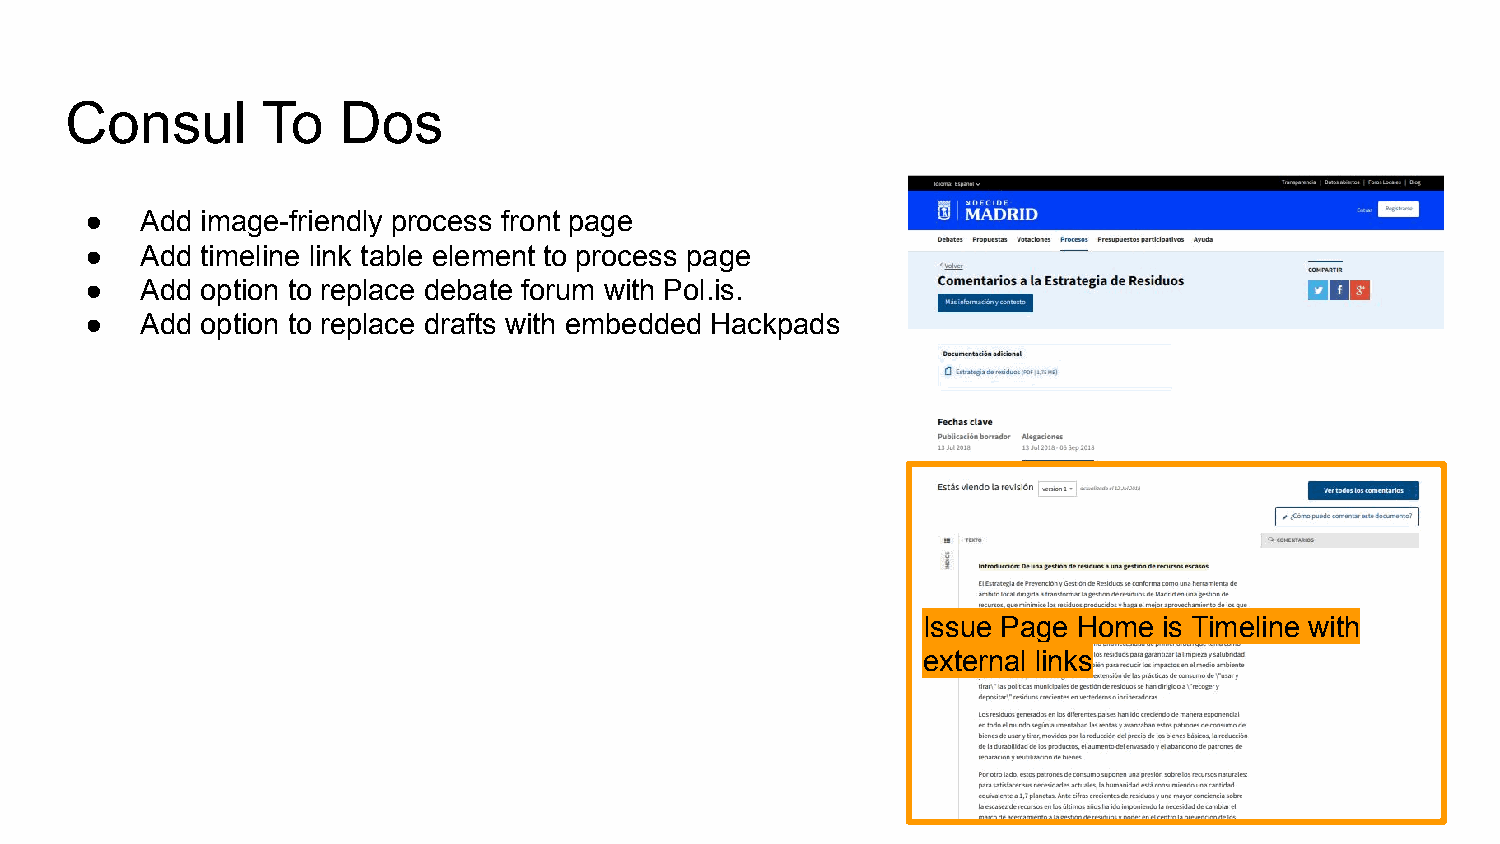
Consul       To   Dos
 ●  Add image-friendly process front page
 ●  Add timeline link table element to process page
 ●  Add option to replace debate forum with Pol.is.
 ●  Add option to replace drafts with embedded Hackpads
 Issue Page Home is Timeline with
 external links